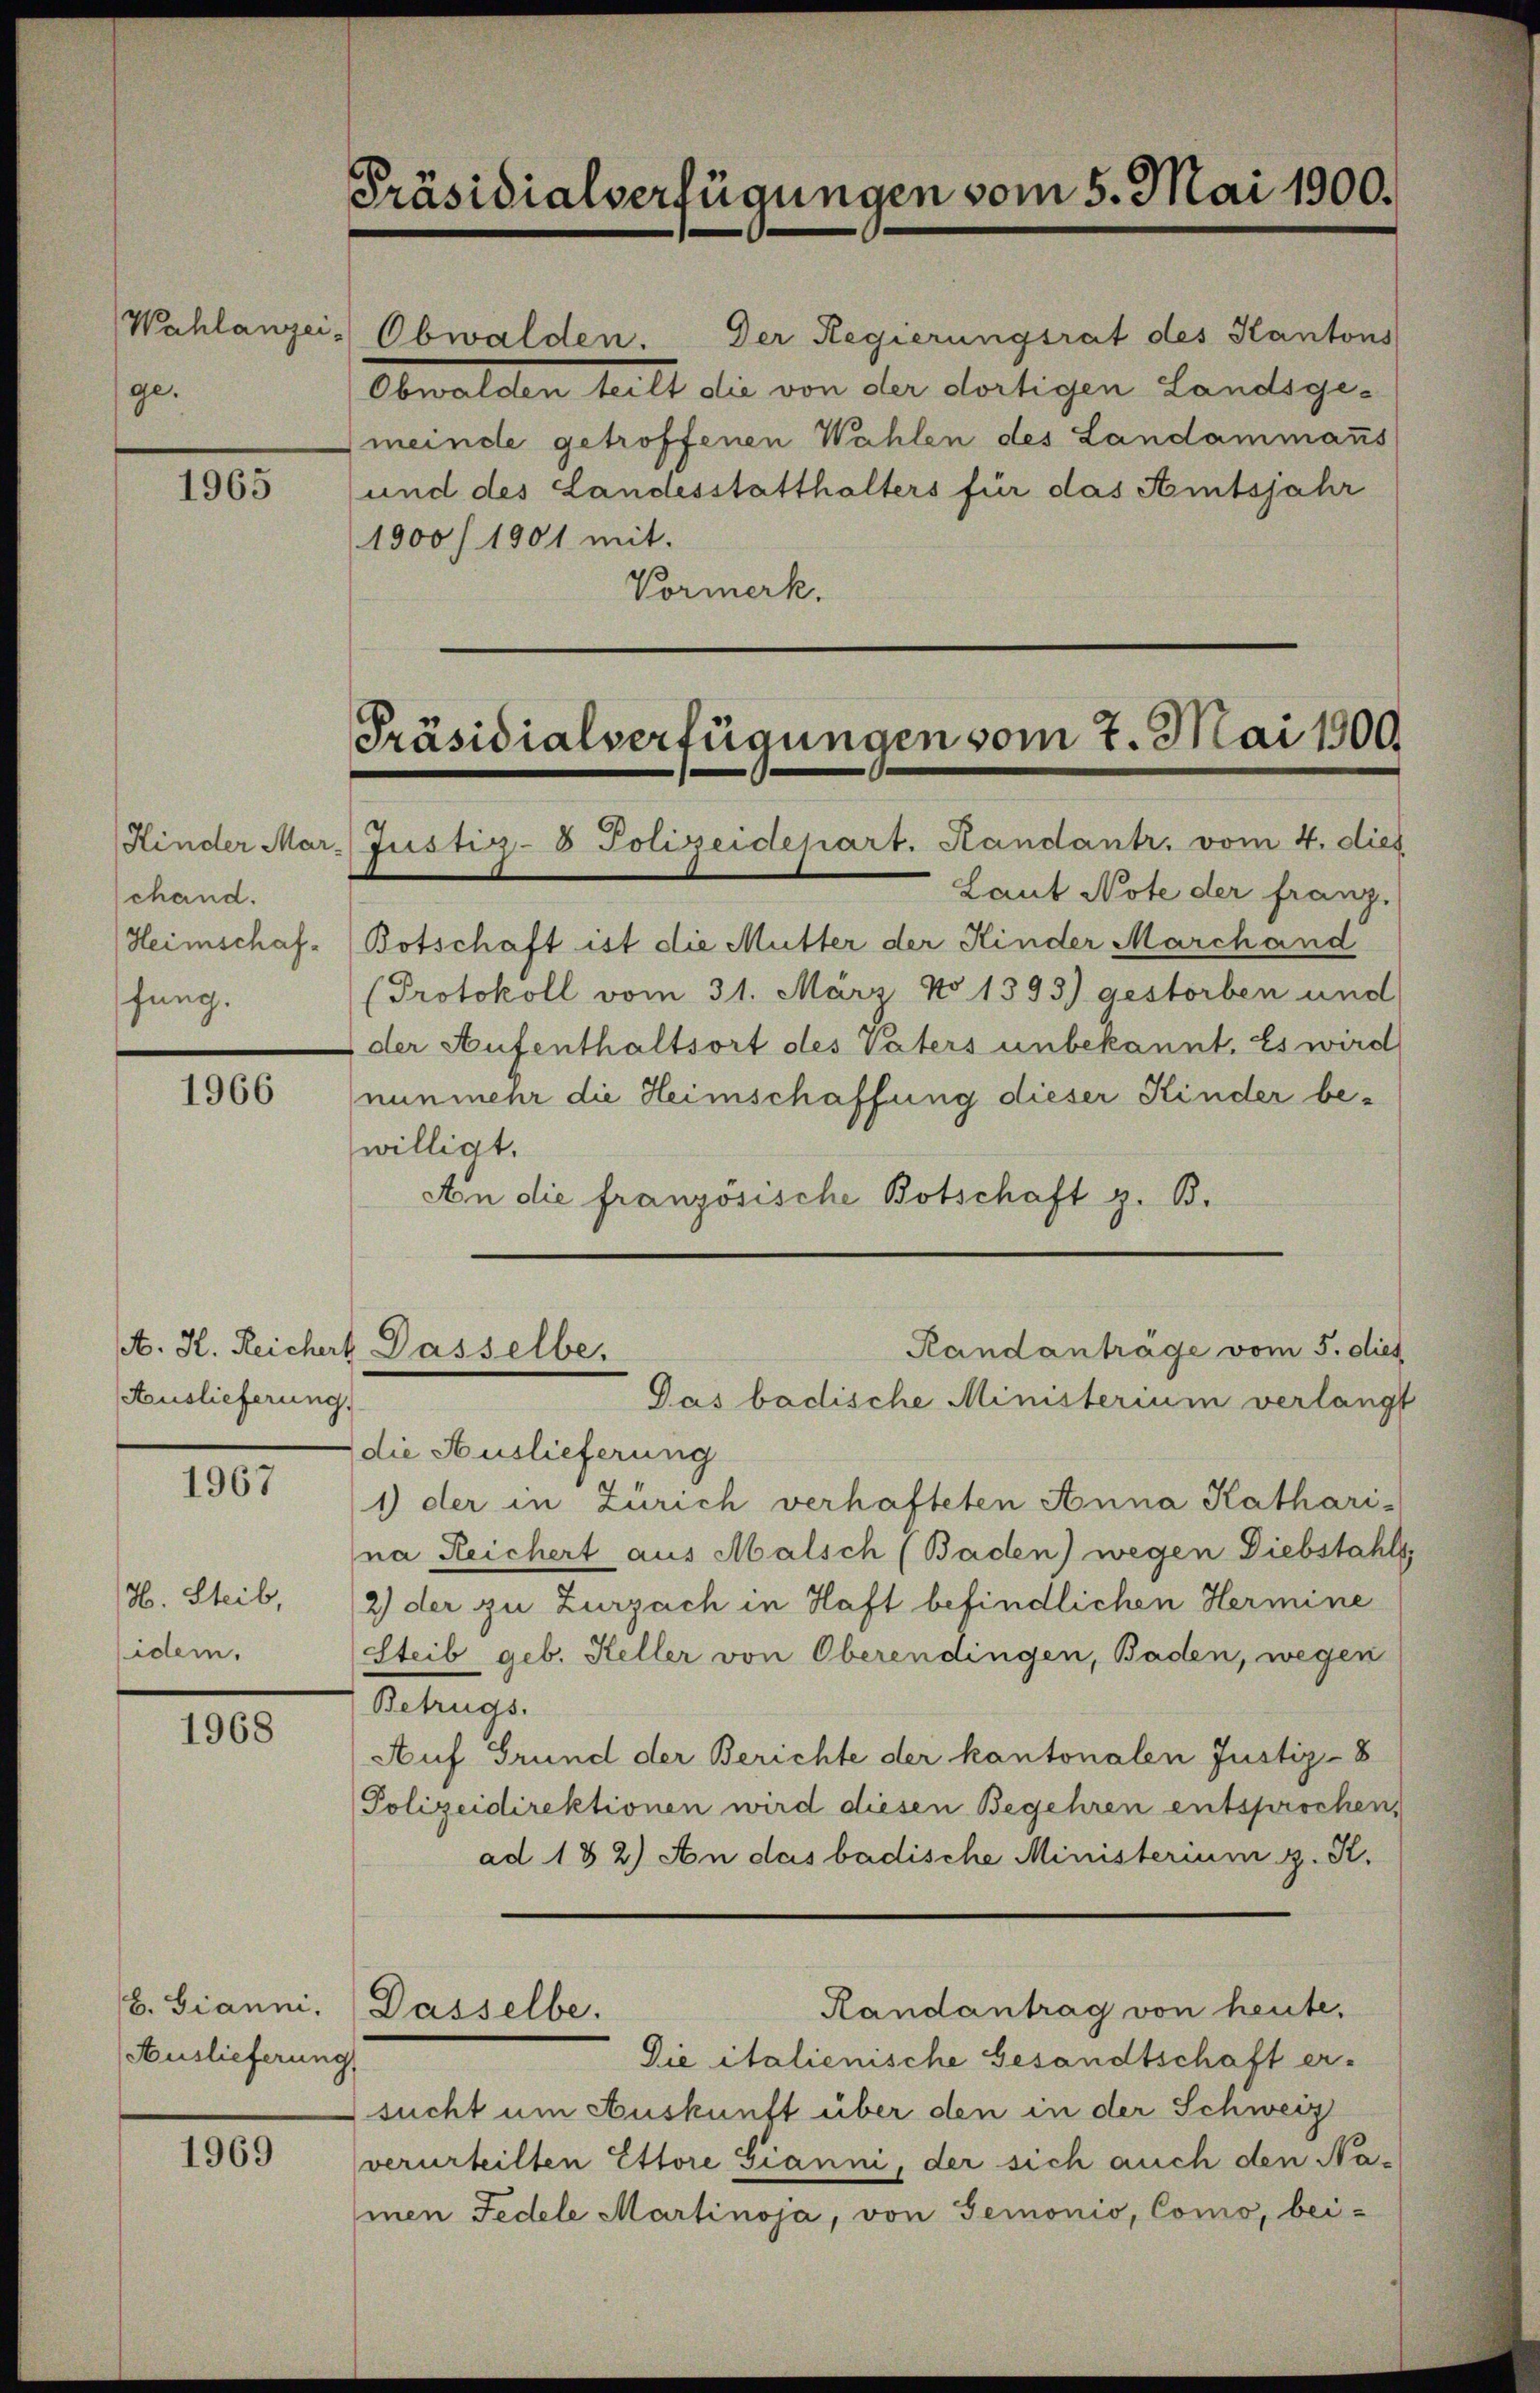
ge.

1965

1966

1967

H. Steib,
idem.

1968

b. Gianni.
Auslieferung

1969

Präsidialverfügungen vom 5. Mai 1900.

Kinder Mar-
chand.
Heimschaffung.

Auslieferung.

Wahlanzei- Obwalden. Der Regierungsrat des Kantons
1900/1901 mit.
Vormerk.

Präsidialverfügungen vom 7. Mai 1909

Justiz-8 Polizeidepart. Handant. vom 4. dies
Botschaft ist die Mutter der Kinder Marchand
Protokoll vom 31. März No 1393) gestorben und
der Aufenthaltsort des Vaters unbekannt. Es wird
nunmehr die Heimschaffung dieser Kinder bewilligt.
An die französische Botschaft z. B.
die Auslieferung
1) der in Zürich verhafteten Anna Kathari-
na Reichert aus Malsch (Baden) wegen Diebstahls
2) der zu Zurzach in Haft befindlichen Hermine
Steib geb. Keller von Oberendingen, Baden, wegen
Betrugs.
Auf Grund der Berichte der kantonalen Justiz-8
Polizeidirektionen wird diesen Begehren entsprochen,
ad 132) An das badische Ministerium z. R.
Randantrag von heute.
Dasselbe.
Die italienische Gesandtschaft er-
sucht um Auskunft über den in der Schweiz
verurteilten Ettore Gianni, der sich auch den Na-
men Fedele Martinoja, von Gemonio, Como, bei-

A. H. Reichert Dasselbe.
Randanträge vom 5. dies
Pas badische Ministerium verlangt

Obwalden teilt die von der dortigen Landsge-
meinde getroffenen Wahlen des Landammanns
und des Landesstatthalters für das Amtsjahr

Laut Note der franz.